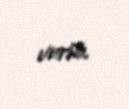
verib.